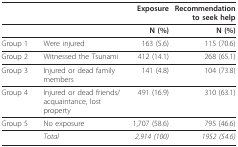
|  |  | Exposure | Recommendationto seek help |
 | --- | --- | --- | --- |
 |  |  | N (%) | N (%) |
 | Group 1 | Were injured | 163 (5.6) | 115 (70.6) |
 | Group 2 | Witnessed the Tsunami | 412 (14.1) | 268 (65.1) |
 | Group 3 | Injured or dead family members | 141 (4.8) | 104 (73.8) |
 | Group 4 | Injured or dead friends/acquaintance, lost property | 491 (16.9) | 310 (63.1) |
 | Group 5 | No exposure | 1,707 (58.6) | 795 (46.6) |
 |  | Total | 2,914 (100) | 1952 (54.6) |